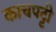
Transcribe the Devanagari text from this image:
काचपट्टी